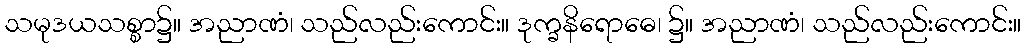
သမုဒယသစ္စာ၌။ အညာဏံ၊ သည်လည်းကောင်း။ ဒုက္ခနိရောဓေ၊ ၌။ အညာဏံ၊ သည်လည်းကောင်း။